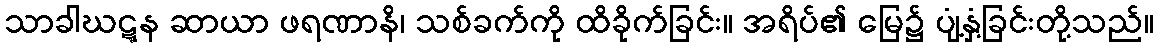
သာခါဃဋ္ဋန ဆာယာ ဖရဏာနိ၊ သစ်ခက်ကို ထိခိုက်ခြင်း။ အရိပ်၏ မြေ၌ ပျံ့နှံ့ခြင်းတို့သည်။